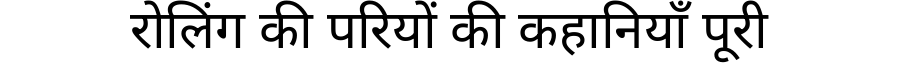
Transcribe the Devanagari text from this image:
रोलिंग की परियों की कहानियाँ पूरी